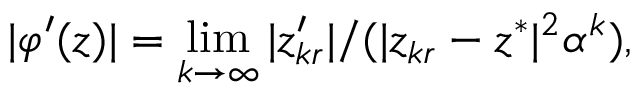
| \varphi ^ { \prime } ( z ) | = \operatorname* { l i m } _ { k \to \infty } | z _ { k r } ^ { \prime } | / ( | z _ { k r } - z ^ { * } | ^ { 2 } \alpha ^ { k } ) ,